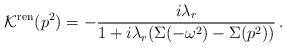
LaTeX: \begin{align*}{\cal K}^{\mbox{\scriptsize ren}}(p^2) = - \frac{i\lambda_{r}}{1 + i\lambda_{r}(\Sigma(-\omega^2)- \Sigma(p^2))}\,.\end{align*}